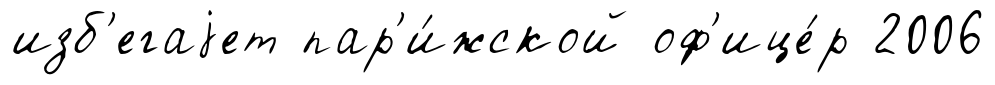
изб'егаjет пар'и́жской оф'ице́р 2006